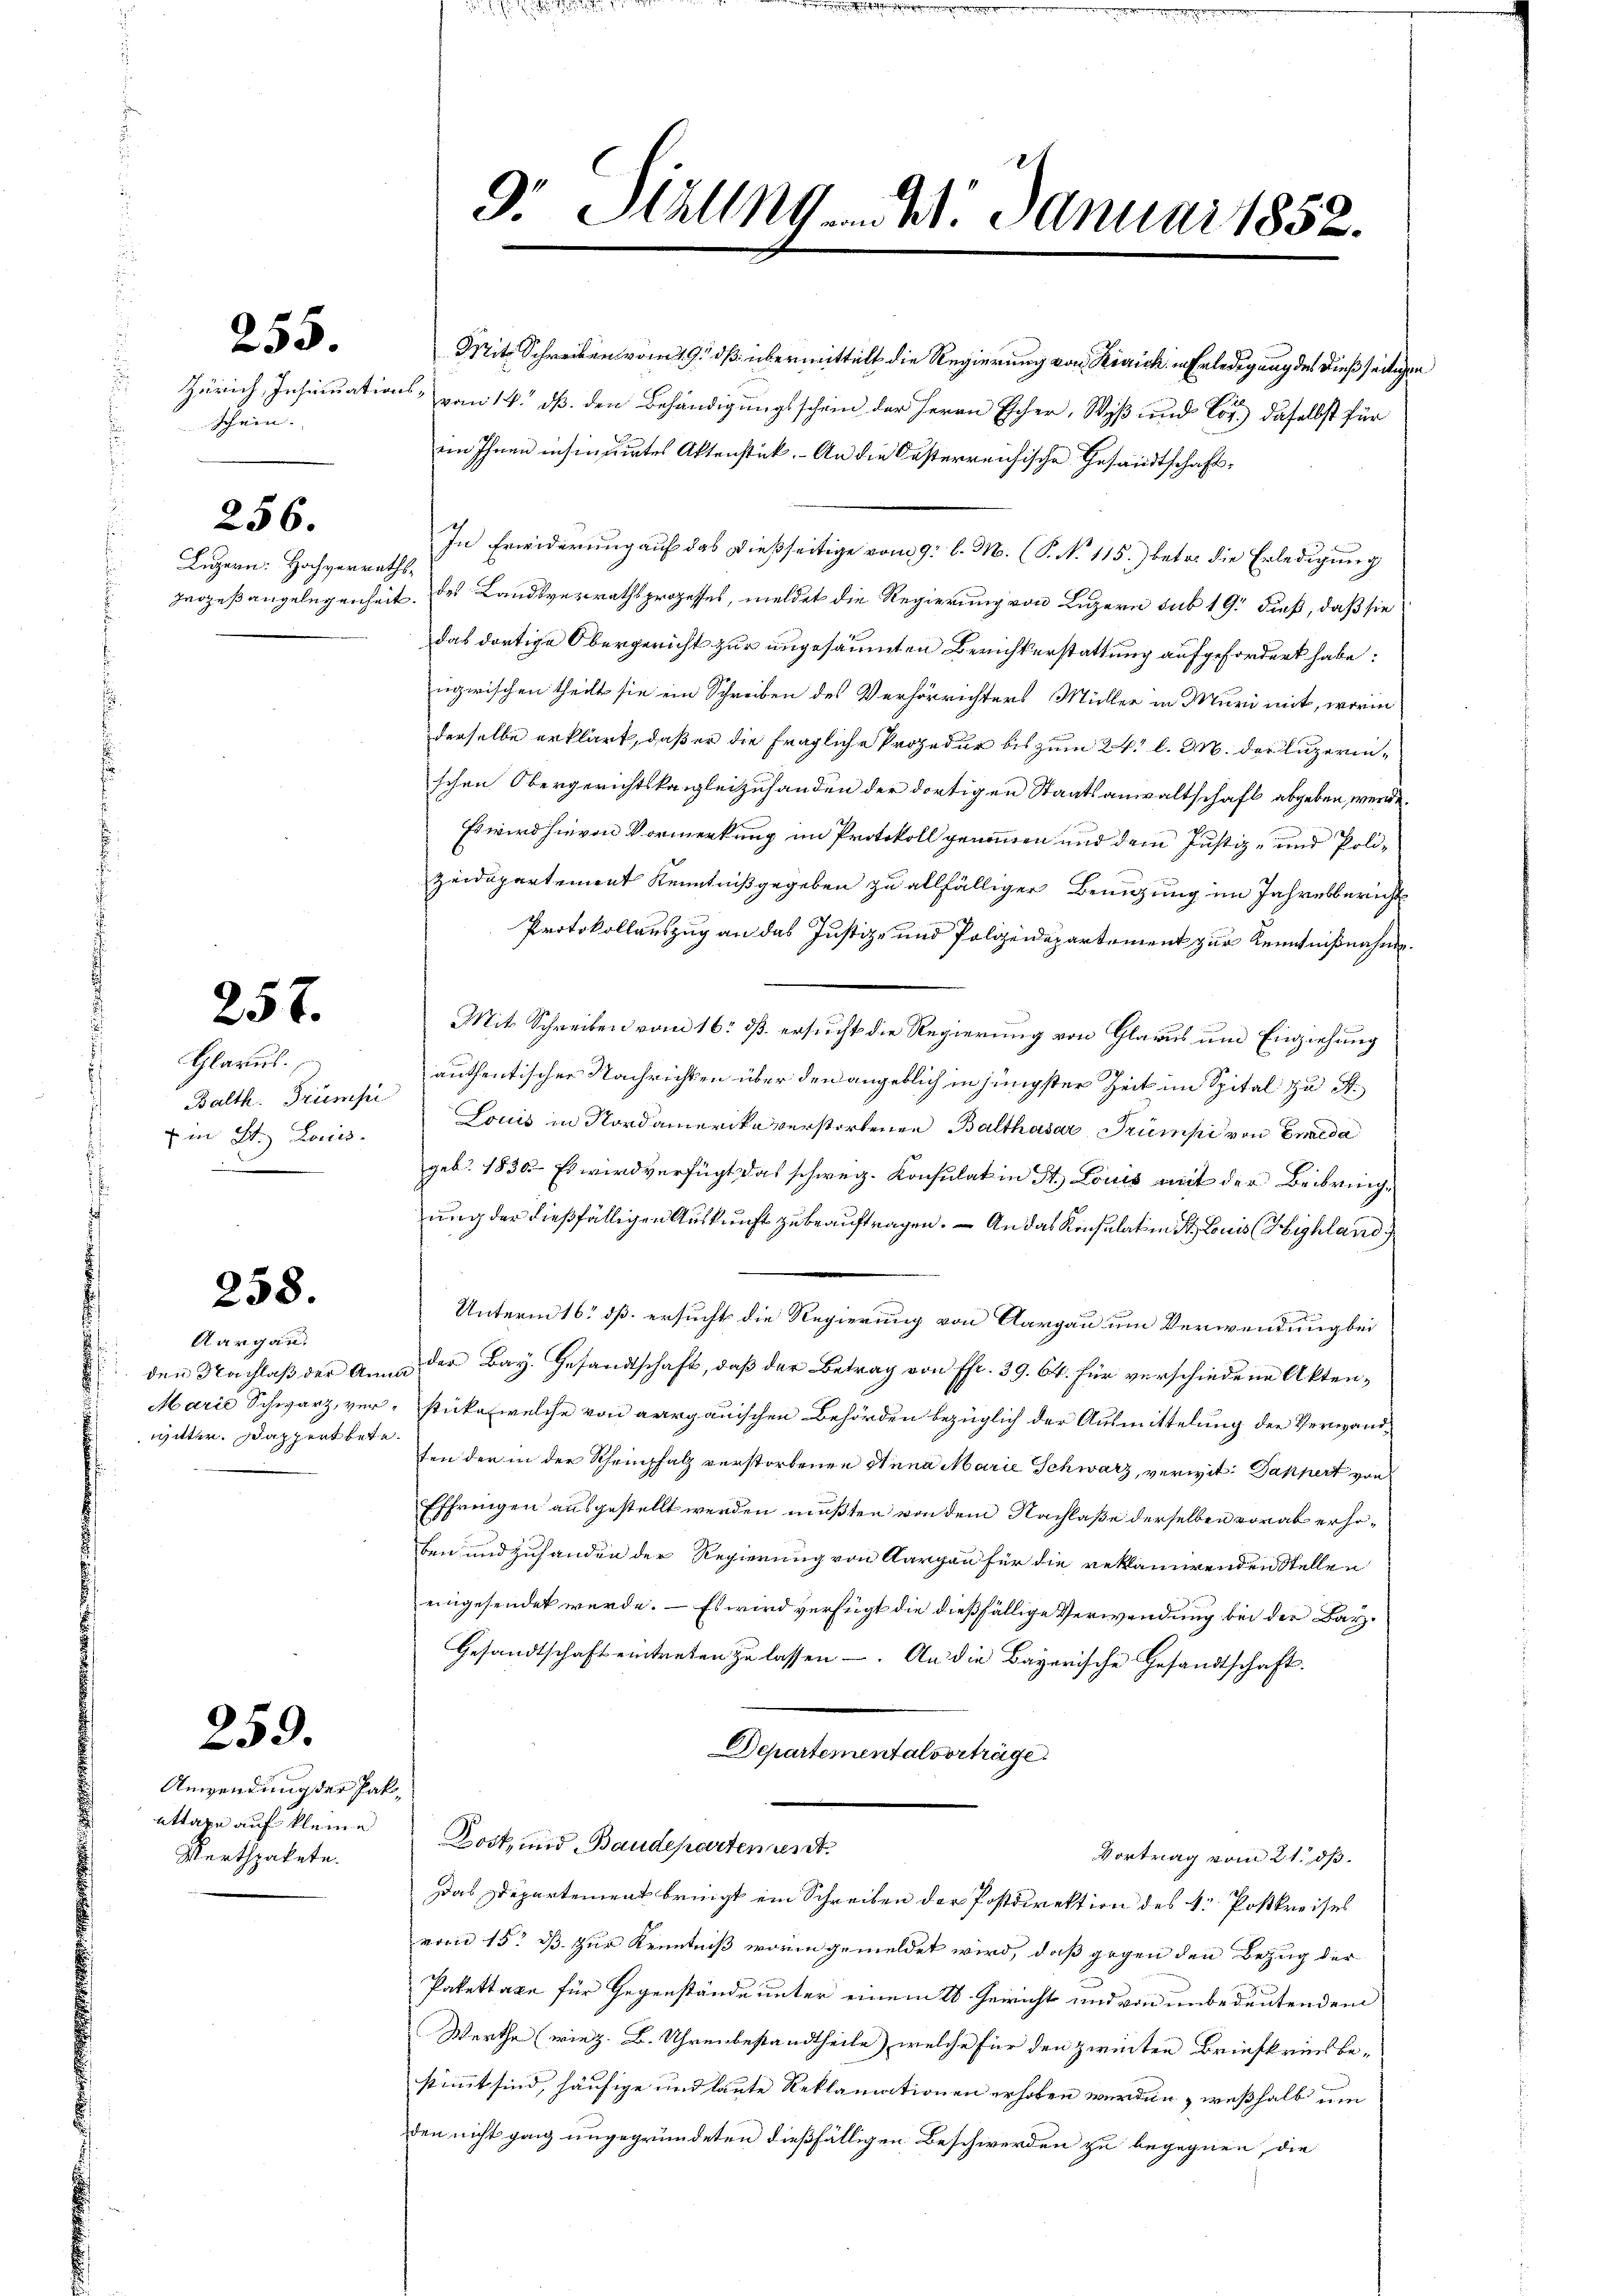
255.

Schein.

256.

Ligern: Hochverraths¬

257.

Glarus.
Balth. Trumpi
Ein St. Laus.

258.

Aargau
witter. Dappertbete

259.

Anwendung der Pak-
attaxe auf kleine
Werthpakete.

9. Sitzung - 4. Januar 1852.

Zeidepartement Kenntniß gegeben zu allfälliger Benigung im Jahresbericht
Protokollauszug an das Justiz- und Polizeidepartement zur Kenntnißnahme.
Mit Schreiben vom 16. dß ersucht die Regierung von Glarus und Einziehung
authentischer Nachrichten über den angeblich in jüngster Zeit im Spital zu A.
Louis in Nordamerika verstorbenen Balthasar Trumpi von Enneda
geb. 1836. Es wird verfügt das schweiz. Konsulat in St. Louis mit der Beibringung der dießfälligen Auskunft zu beauftragen. — An das Konsulation St. Louis (Highland
Unterm 16 dß ersucht die Regierung von Aargau um Verwendung bei
den Nachlaß der An der Bay. Gesandtschaft, daß der Betrag von fr. 39. 64. für verschiedene Akten¬
Marie Schwarz, ver- stücke (welche von aargauischen Behörden bezüglich der Ausmittelung der Verwandfen der in der Scheinpfalz verstorbenen Anna Marie Schwarz, verwit¬ Dappert von
Effringen ausgestellt werden mußten von dem Nachlaße derselben vorab erhoben und Zuhanden der Regierung von Aargau für die reklamirenden Stellen
eingesendet werde. – Es wird verfügt die dießfällige Verwendung bei der Bar¬
Gesandtschaft eintreten zŭ lassen. An die Bayerische Gesandtschaft.
Departementalverträge.
Post, und Baudeparten verst
Vortrag vom 21. ds.
Das Departement bringt ein Schreiben der Postdirektion des 4. Postkreises
vom 15t d. zur Kenntniß worin gemeldet wird, daß gegen den Bezug der
Pakettaxe für Gegenstände unter einem 18. Gericht und von unbedeutendem
Werthe (wie z. B. Uhrenbestandtheile, welche für den zweiten Briefkrinsbe-
stimmt sind, häufige und laute Reklamationen erhoben werden, weßhalb um
den nicht ganz ungegründeten dießfälligen Beschwerden zu begegnen, die

Mit Schreiben vom 19. ds übermittelt die Regierung von Risich in Erledigung des dießseitigen
Zürich, Insinuations- vom 14. dß. den Behändigungsschein der Herrn Escher, Wyß und Los.) daselbst für
iin Ihnen insinuirtes Aktenstück. - An die Oesterreichische Gesandtschafts¬
In Erwiderung auf das dießseitige vom 9. l. M. (S. N. 115.) betr. die Erledigung
Zugesangelegenheit des Landsverrathsprozesses, meldet die Regierung von Luzern sub 19. dieß, daß sie
das dortige Obergericht zur ungesäumten Berichterstattung aufgefordert habe:
nzwischen theilt sie ein Schreiben des Verhörrichters Müller in Muri mit, worin
derselbe erklärt, daß er die fragliche Prozedur bis zum 24. l. M. der Luzernschen Obergerichtskanzleizuhanden der dortigen Staatsanwaltschaft abgeben werde.
Es wird hievon Vormerkung im Protokoll genommen und dem Justiz- und Poli¬